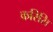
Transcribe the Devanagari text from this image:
करिसि